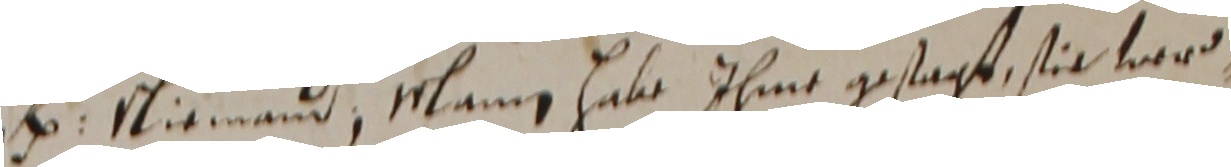
Niemand, mlann habe ihme gestagt, sie vard